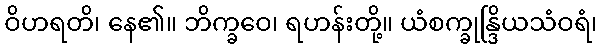
ဝိဟရတိ၊ နေ၏။ ဘိက္ခဝေ၊ ရဟန်းတို့။ ယံစက္ခုန္ဒြိယသံဝရံ၊